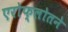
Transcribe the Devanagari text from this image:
एरोफ्लोतने